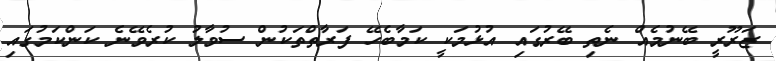
ޒަރޫރީ ބޭނުމެއް ނެތި ބޭރުގައި އުޅުމަކީ ކަމާބެހޭ ފަރާތްތަކުން ސުވާލު ކުރެވޭނެ ކަންކަމުގައި